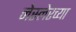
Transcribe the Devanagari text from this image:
नेस्लेरच्या